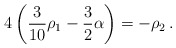
\begin{align*}4\left({3\over 10}\rho_1-{3\over2}\alpha\right)=-\rho_2\,.\end{align*}